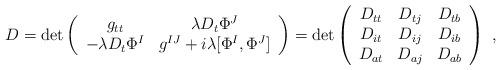
LaTeX: \begin{align*}D=\det \left(\begin{array}{cc}g_{tt}&\lambda D_{t}\Phi^J \\-\lambda D_t\Phi^I&g^{IJ}+i\lambda [\Phi^I,\Phi^J] \\\end{array}\right)=\det \left(\begin{array}{ccc}D_{tt} & D_{tj} & D_{tb} \\D_{it} & D_{ij} & D_{ib} \\D_{at} & D_{aj} & D_{ab} \\ \end{array}\right) \ ,\end{align*}